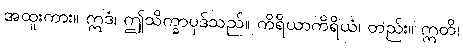
အထူးကား။ ဣဒံ၊ ဤသိက္ခာပုဒ်သည်။ ကိရိယာကိရိယံ၊ တည်း။ ဣတိ၊